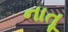
નાતૂ